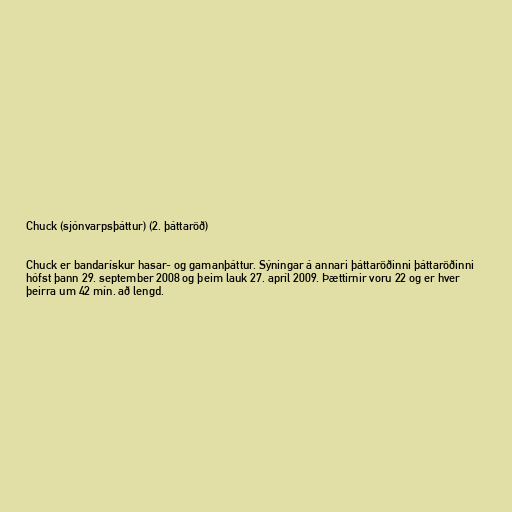
Chuck (sjónvarpsþáttur) (2. þáttaröð)

Chuck er bandarískur hasar- og gamanþáttur. Sýningar á annari þáttaröðinni þáttaröðinni
hófst þann 29. september 2008 og þeim lauk 27. apríl 2009. Þættirnir voru 22 og er hver
þeirra um 42 mín. að lengd.